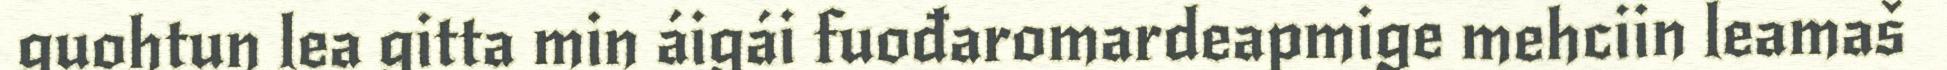
guohtun lea gitta min áigái fuođaromardeapmige mehciin leamaš